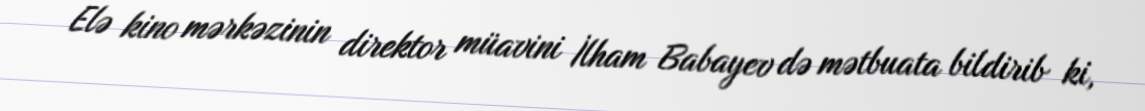
Elə kino mərkəzinin direktor müavini İlham Babayev də mətbuata bildirib ki,